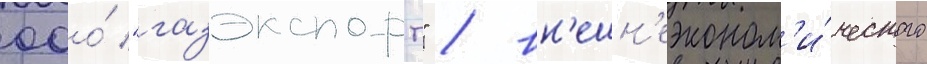
ооо́ "газэкспорт" / вн'ешн'еэконом'и́ческого